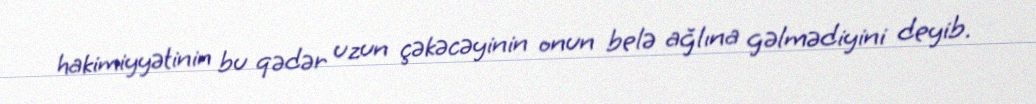
hakimiyyətinin bu qədər uzun çəkəcəyinin onun belə ağlına gəlmədiyini deyib.